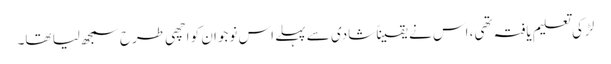
لڑکی تعلیم یافتہ تھی، اس نے یقیناً شادی سے پہلے اس نوجوان کو اچھی طرح سمجھ لیا تھا۔